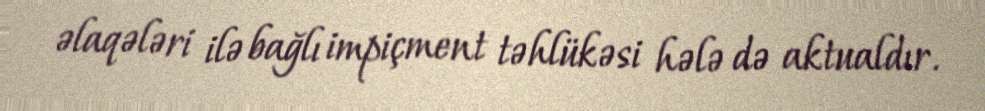
əlaqələri ilə bağlı impiçment təhlükəsi hələ də aktualdır.